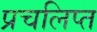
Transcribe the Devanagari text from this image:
प्रचलिप्त